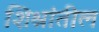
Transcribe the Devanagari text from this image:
शिश्नांतील